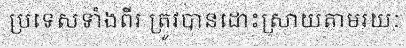
ប្រទេសទាំងពីរ ត្រូវបានដោះស្រាយតាមរយៈ